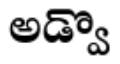
అడ్వొ